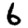
Digit: 6